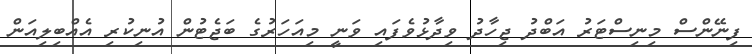
ފިނޭންސް މިނިސްޓަރު އަބްދު ޖިހާދު ވިދާޅުވެފައި ވަނީ މިއަހަރުގެ ބަޖެޓުން އުނިކުރި އެއްބިލިއަން